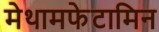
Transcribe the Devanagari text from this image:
मेथामफेटामिन